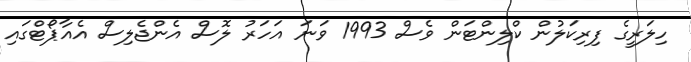
ހިލަރީގެ ފިރިކަލުން ކްލިންޓަން ވެސް 1993 ވަނަ އަހަރު ލޮސް އެންޖެލިސް އެއާޕޯޓްގައި